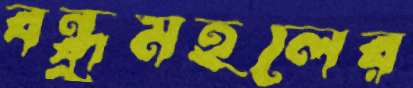
বন্ধুমহলের